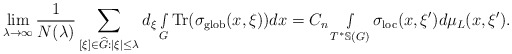
\begin{align*} \lim_{\lambda\rightarrow\infty}\frac{1}{N(\lambda)}\sum_{ [\xi]\in \widehat{G}:|\xi|\leq \lambda }d_\xi\smallint\limits_G\textnormal{Tr}(\sigma_{\textnormal{glob}}(x,\xi))dx=C_n \smallint\limits_{T^*\mathbb{S}(G)}\sigma_{\textnormal{loc}}(x,\xi')d\mu_L(x,\xi').\end{align*}